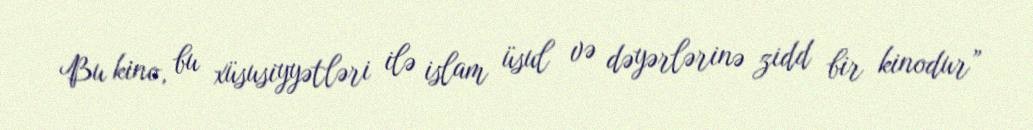
Bu kino, bu xüsusiyyətləri ilə islam üsul və dəyərlərinə zidd bir kinodur”